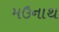
મઉનાથ